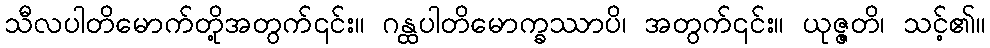
သီလပါတိမောက်တို့အတွက်၎င်း။ ဂန္ထပါတိမောက္ခဿာပိ၊ အတွက်၎င်း။ ယုဇ္ဇတိ၊ သင့်၏။